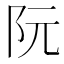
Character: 阮